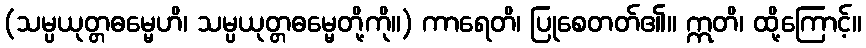
(သမ္ပယုတ္တဓမ္မေဟိ၊ သမ္ပယုတ္တဓမ္မေတို့ကို။) ကာရေတိ၊ ပြုစေတတ်၏။ ဣတိ၊ ထို့ကြောင့်။